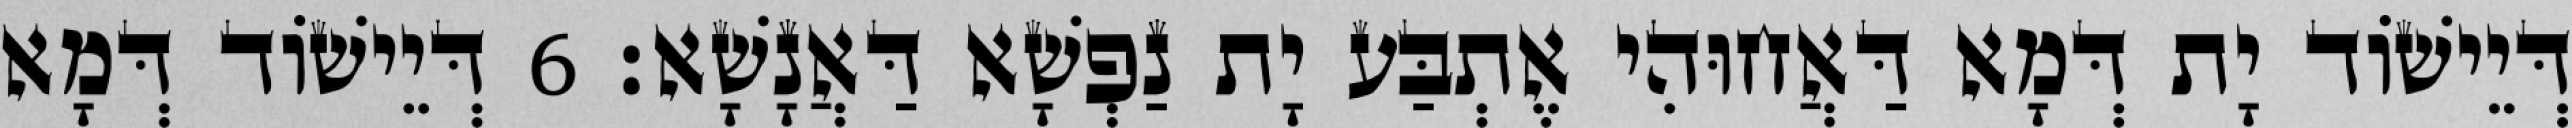
דְּיֵישׁוֹד יָת דְּמָא דַּאֲחוּהִי אֶתְבַּע יָת נַפְשָׁא דַּאֲנָשָׁא׃ 6 דְּיֵישׁוֹד דְּמָא